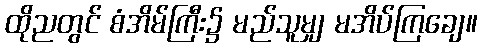
ထိုညတွင် စံအိမ်ကြီး၌ မည်သူမျှ မအိပ်ကြချေ။